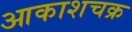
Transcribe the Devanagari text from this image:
आकाशचक्र